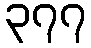
၃၇၇